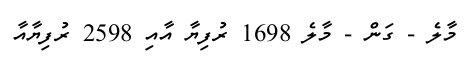
މާލެ - ގަން - މާލެ 1698 ރުފިޔާ އާއި 2598 ރުފިޔާއާ